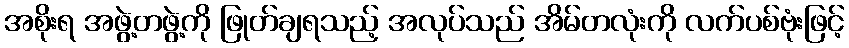
အစိုးရ အဖွဲ့တဖွဲ့ကို ဖြုတ်ချရသည့် အလုပ်သည် အိမ်တလုံးကို လက်ပစ်ဗုံးဖြင့်